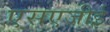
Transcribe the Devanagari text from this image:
एसएजीई